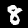
Label: 8